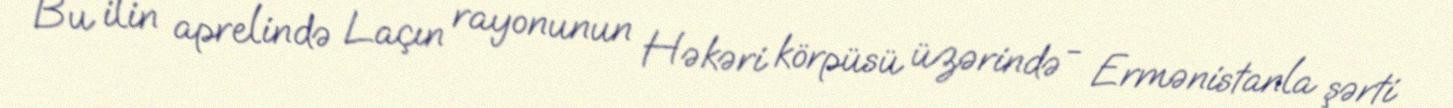
Bu ilin aprelində Laçın rayonunun Həkəri körpüsü üzərində - Ermənistanla şərti